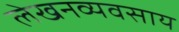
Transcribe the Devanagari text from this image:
लेखनव्यवसाय